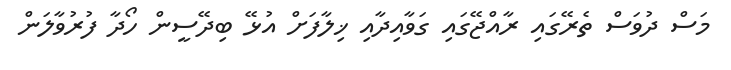
މަސް ދުވަސް ތެރޭގައި ރާއްޖޭގައި ގަވާއިދާއި ޚިލާފަށް އުޅޭ ބިދޭސީން ހޯދާ ފުރުވާލަން